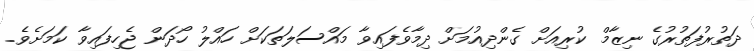
ދަތުރުފަތުރުގެ ނިޒާމް ކުރިއަށް ގެންދިއުމަށް ދިމާވެފައިވާ މައްސަލަތަކަށް ހައްލު ހޯދަން ޖެހިފައިވާ ކަމަށެވެ.